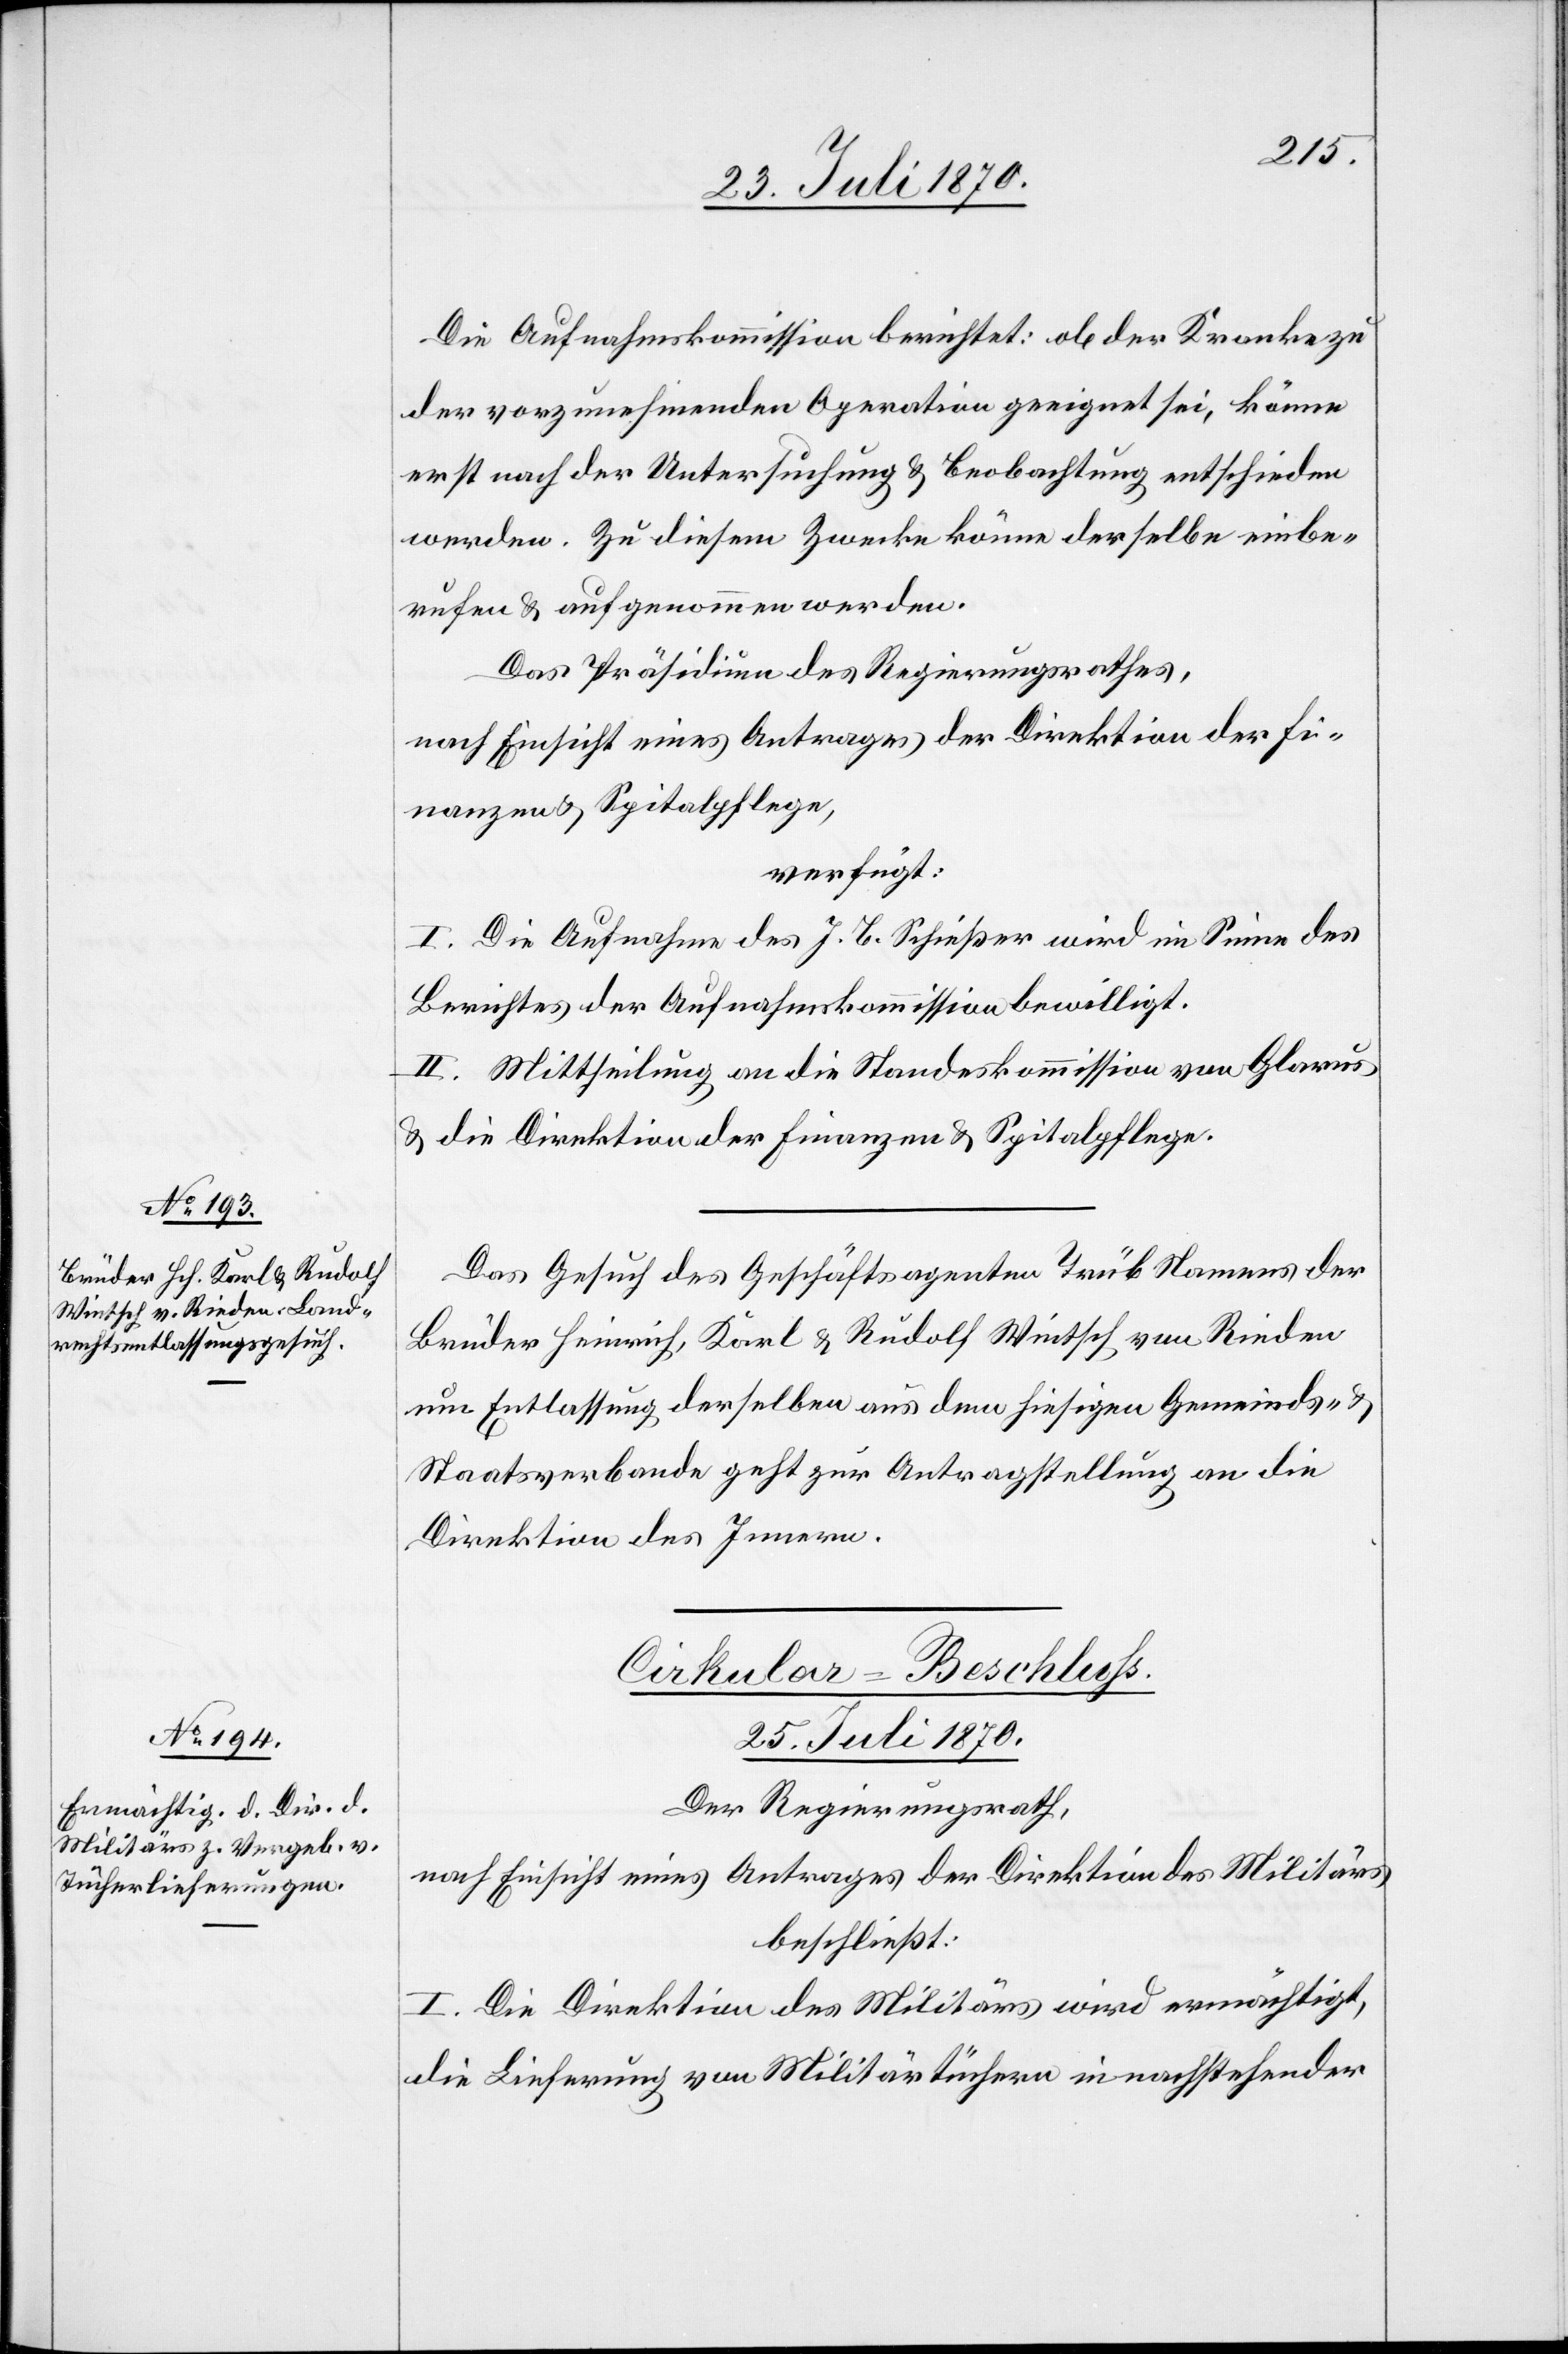
23. Juli 1870.]
Die Aufnahmskommission berichtet: ob der Kranke zu
der vorzunehmenden Operation geeignet sei, könne
erst nach der Untersuchung & Beobachtung entschieden
werden. Zu diesem Zwecke könne derselbe einbe¬
rufen & aufgenommen werden.
Das Präsidium des Regierungsrathes,
nach Einsicht eines Antrages der Direktion der Fi¬
nanzen & Spitalpflege,
verfügt:
I. Die Aufnahme des J. B. Schießer wird im Sinne des
Berichtes der Aufnahmskommission bewilligt.
II. Mittheilung an die Standeskommission von Glarus
& die Direktion der Finanzen & Spitalpflege.
Das Gesuch des Geschäftsagenten Trüb Namens der
Brüder Heinrich, Karl & Rudolf Wintsch von Rieden
um Entlassung derselben aus dem hiesigen Gemeinds- &
Staatsverbande geht zur Antragstellung an die
Direktion des Innern.
Cirkular-Beschluss.
25. Juli 1870.
Der Regierungsrath,
nach Einsicht eines Antrages der Direktion des Militärs,
beschließt:
I. Die Direktion des Militärs wird ermächtigt,
die Lieferung von Militärtüchern in nachstehender